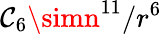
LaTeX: \mathcal{C}_{6}\simn^{11}/r^{6}